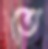
তে